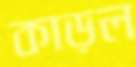
কাড়ল